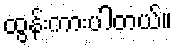
ထွန်းကားပါတယ်။